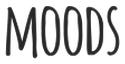
MOODS